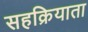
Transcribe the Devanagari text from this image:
सहक्रियाता